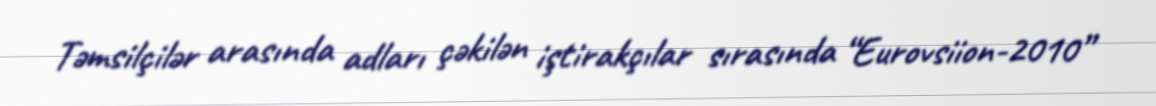
Təmsilçilər arasında adları çəkilən iştirakçılar sırasında “Eurovsiion-2010”